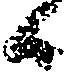
候